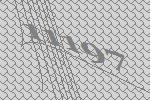
11197